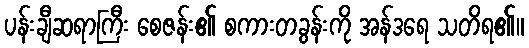
ပန်းချီဆရာကြီး စေဇန်း၏ စကားတခွန်းကို အန်ဒရေ သတိရ၏။